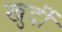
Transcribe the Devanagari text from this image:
खुर्दी